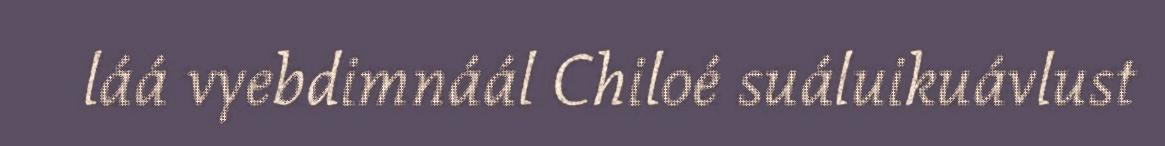
láá vyebdimnáál Chiloé suáluikuávlust